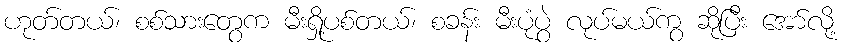
ဟုတ်တယ်၊ စစ်သားတွေက မီးရှို့ပစ်တယ်၊ စခန်း မီးပုံပွဲ လုပ်မယ်ကွ ဆိုပြီး အော်လို့